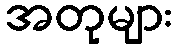
အတုများ